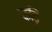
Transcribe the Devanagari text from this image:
कड़ि